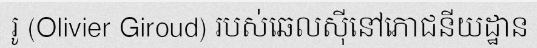
រូ (Olivier Giroud) របស់ឆេលស៊ីនៅភោជនីយដ្ឋាន